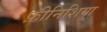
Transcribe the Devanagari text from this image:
फ़ीनिशिया